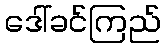
ဒေါ်ခင်ကြည်